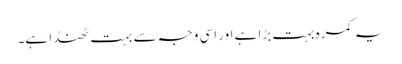
یہ کمرہ بہت بڑا ہے اور اسی وجہ سے بہت ٹھنڈا ہے۔